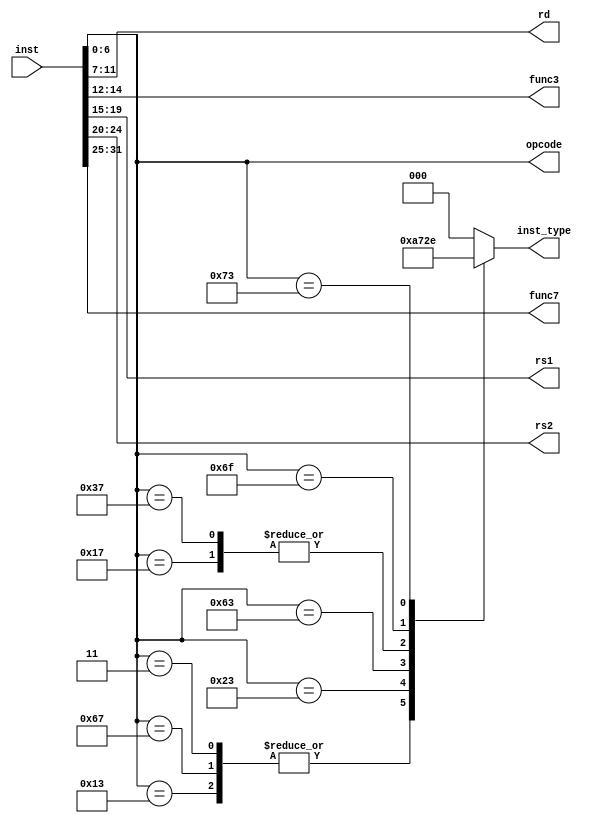
module inst_splitter #(
    parameter W_SIZE = 32
) (
    input [W_SIZE-1:0] inst,
    output [6:0] opcode, 
    output [4:0] rd, 
    output [2:0] func3,
    output [4:0] rs1, 
    output [4:0] rs2,
    output [6:0] func7,
    output [2:0] inst_type
);

    localparam
    R_TYPE = 3'd0, 
    I_TYPE = 3'd1,
    S_TYPE = 3'd2,
    B_TYPE = 3'd3,
    U_TYPE = 3'd4,
    J_TYPE = 3'd5,
    C_TYPE = 3'd6;

    localparam
    R_OPCODE        = 7'h33,
    I_OPCODE        = 7'h13,
    LOAD_OPCODE     = 7'h03,
    JALR_OPCODE     = 7'h67,
    CSR_OPCODE      = 7'h73,
    S_OPCODE        = 7'h23,
    B_OPCODE        = 7'h63,
    LUI_OPCODE      = 7'h37,
    AUIPC_OPCODE    = 7'h17,
    JAL_OPCODE      = 7'h6f;

    reg [2:0] t;

    assign opcode = inst[6:0];
    assign rd = inst[11:7];
    assign func3 = inst[14:12];
    assign rs1 = inst[19:15];
    assign rs2 = inst[24:20];
    assign func7 = inst[31:25];
    assign inst_type = t;

    always @(*) begin
      case(opcode)
        R_OPCODE: t = R_TYPE;
        LOAD_OPCODE,
        JALR_OPCODE,
        I_OPCODE: t = I_TYPE;
        S_OPCODE: t = S_TYPE;
        B_OPCODE: t = B_TYPE;
        LUI_OPCODE,
        AUIPC_OPCODE: t = U_TYPE;
        JAL_OPCODE: t = J_TYPE;
        CSR_OPCODE: t = C_TYPE;
        default: t = R_TYPE;     // COULD BE A PROBLOM
      endcase
    end


endmodule